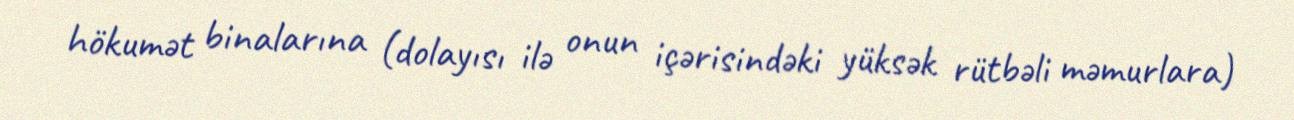
hökumət binalarına (dolayısı ilə onun içərisindəki yüksək rütbəli məmurlara)